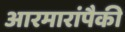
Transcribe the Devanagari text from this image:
आरमारांपैकी